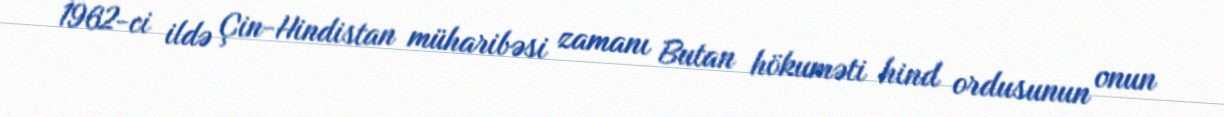
1962-ci ildə Çin-Hindistan müharibəsi zamanı Butan hökuməti hind ordusunun onun